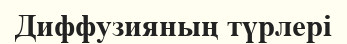
Диффузияның түрлері